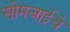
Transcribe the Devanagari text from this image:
सोमजाईचे